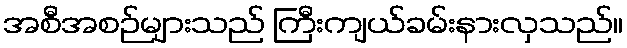
အစီအစဉ်များသည် ကြီးကျယ်ခမ်းနားလှသည်။